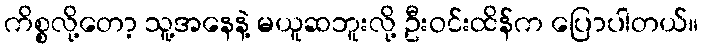
ကိစ္စလို့တော့ သူ့အနေနဲ့ မယူဆဘူးလို့ ဦးဝင်းထိန်က ပြောပါတယ်။